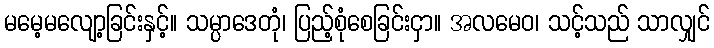
မမေ့မလျော့ခြင်းနှင့်။ သမ္ပာဒေတုံ၊ ပြည့်စုံစေခြင်းငှာ။ အလမေဝ၊ သင့်သည် သာလျှင်